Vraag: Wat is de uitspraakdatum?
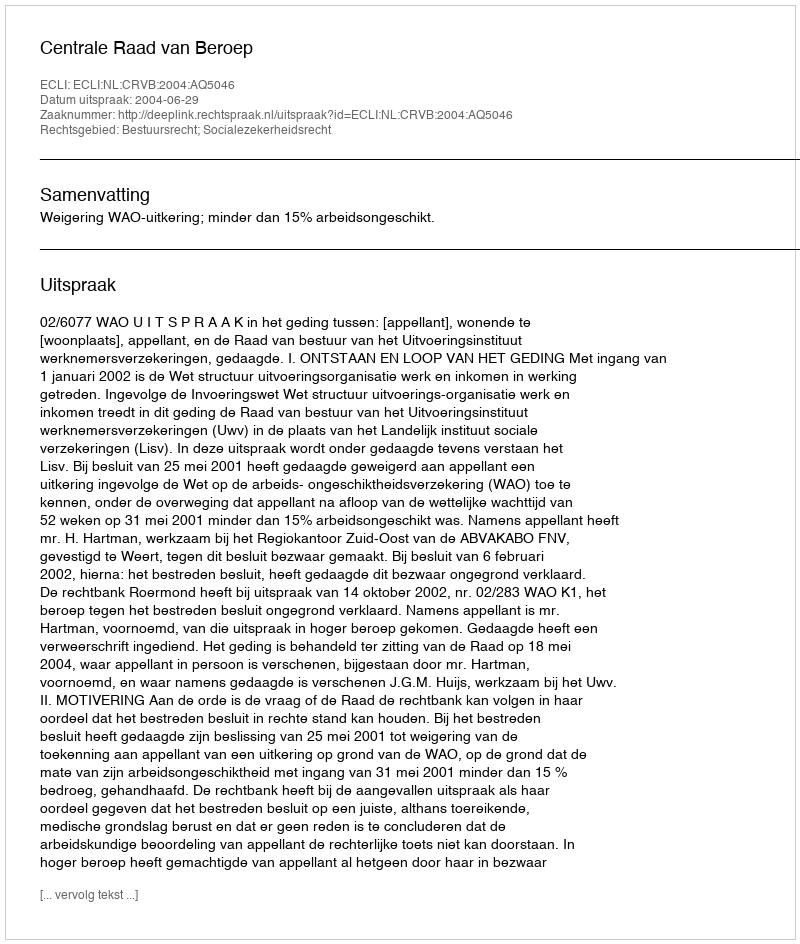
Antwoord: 2004-06-29